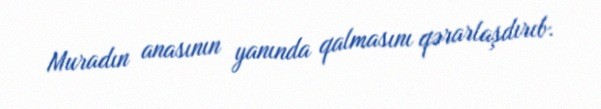
Muradın anasının yanında qalmasını qərarlaşdırıb.